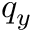
q _ { y }